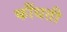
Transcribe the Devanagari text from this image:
कौंधती